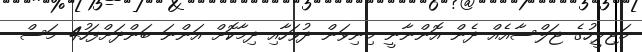
މަޖިލީހުގެ ޖަލްސާއެއް ދެން އޮންނާނީ މިނިވަން ދުވަހާއި ދިމާކޮށް އަންނަ ބަންދަށްފަހު4 މަސް